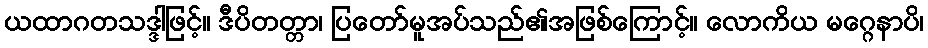
ယထာဂတသဒ္ဒါဖြင့်။ ဒီပိတတ္တာ၊ ပြတော်မူအပ်သည်၏အဖြစ်ကြောင့်။ လောကိယ မဂ္ဂေနာပိ၊